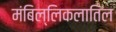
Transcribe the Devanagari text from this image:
मंबिल्लिकलातिल